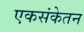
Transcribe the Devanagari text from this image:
एकसंकेतन